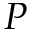
P